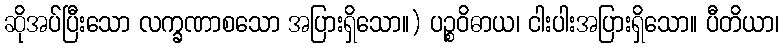
ဆိုအပ်ပြီးသော လက္ခဏာစသော အပြားရှိသော။) ပဉ္စဝိဓာယ၊ ငါးပါးအပြားရှိသော။ ပီတိယာ၊